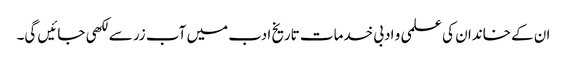
ان کے خاندان کی علمی و ادبی خدمات تاریخ ادب میں آب زر سے لکھی جائیں گی۔